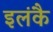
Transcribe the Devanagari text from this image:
इलंकै